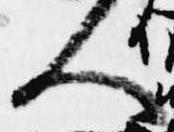
人